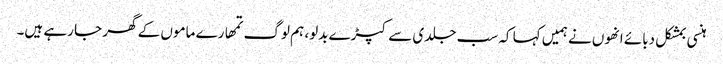
ہنسی بمشکل دبائے انھوں نے ہمیں کہا کہ سب جلدی سے کپڑے بدلو، ہم لوگ تمھارے ماموں کے گھر جا رہے ہیں۔